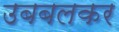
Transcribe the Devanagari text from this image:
उबबलकर